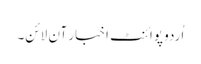
اُردو پوائنٹ اخبار آن لائن۔